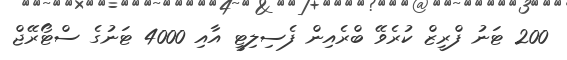
200 ޓަނު ފްރީޒް ކުރެވޭ ބްރެއިން ފެސިލިޓީ އާއި 4000 ޓަނުގެ ސްޓޯރޭޖް